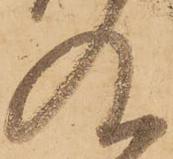
及